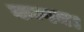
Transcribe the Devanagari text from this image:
कम्पन।